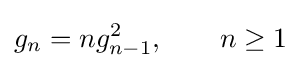
g_{n}=ng_{n-1}^{2},\qquad n\geq 1